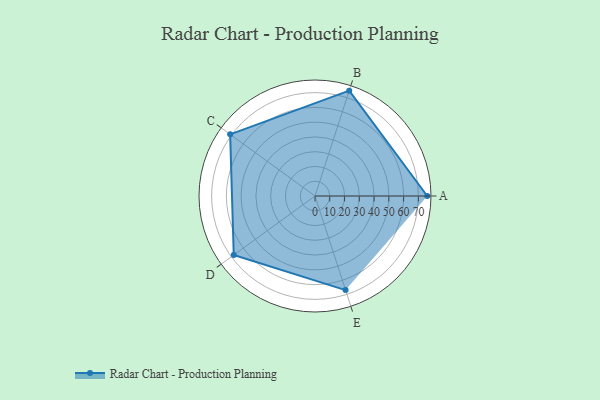
{"axis": {"x": "Skill", "y": "Score"}, "legend": ["Profile"], "data": [{"x": "A", "y": 76.0, "type": "Profile"}, {"x": "B", "y": 75.0, "type": "Profile"}, {"x": "C", "y": 71.0, "type": "Profile"}, {"x": "D", "y": 68.0, "type": "Profile"}, {"x": "E", "y": 67.0, "type": "Profile"}]}